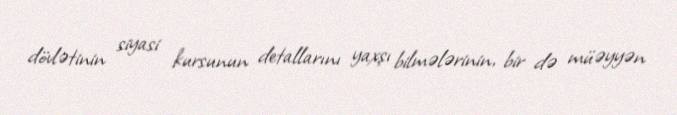
dövlətinin siyasi kursunun detallarını yaxşı bilmələrinin, bir də müəyyən